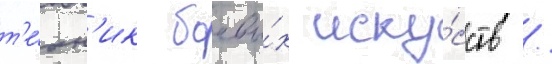
т'е́хн'ик боевы́х иску́сств /